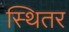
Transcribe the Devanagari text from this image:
स्थितर